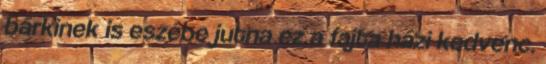
bárkinek is eszébe jutna ez a fajta házi kedvenc.